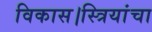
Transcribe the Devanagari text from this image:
विकास।स्त्रियांचा